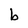
Character: b